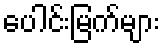
ပေါင်းမြက်များ